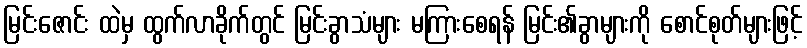
မြင်းဇောင်း ထဲမှ ထွက်လာခိုက်တွင် မြင်းခွာသံများ မကြားစေရန် မြင်း၏ခွာများကို စောင်စုတ်များဖြင့်